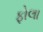
ફોલા